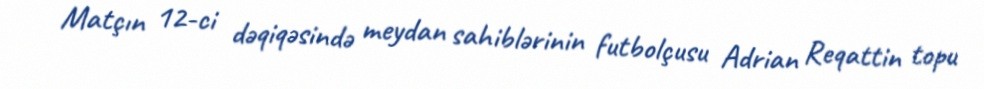
Matçın 12-ci dəqiqəsində meydan sahiblərinin futbolçusu Adrian Reqattin topu